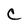
Character: C